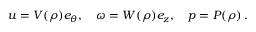
u = V ( \rho ) e _ { \theta } , \quad \omega = W ( \rho ) e _ { z } , \quad p = P ( \rho ) \, .